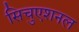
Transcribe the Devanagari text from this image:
सिचुएशनल